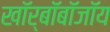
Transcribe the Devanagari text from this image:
खॉर्बॉबॉजॉय